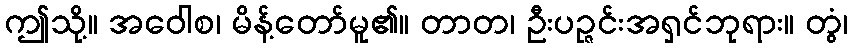
ဤသို့။ အဝေါစ၊ မိန့်တော်မူ၏။ တာတ၊ ဦးပဉ္ဇင်းအရှင်ဘုရား။ တွံ၊